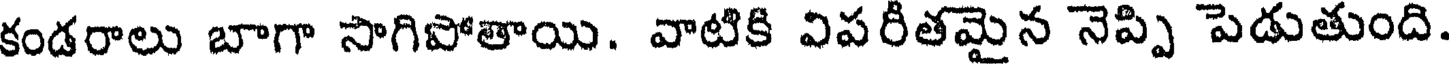
కండరాలు బాగా సాగిపోతాయి. వాటికి విపరీతమైన నెప్పి పెడుతుంది.